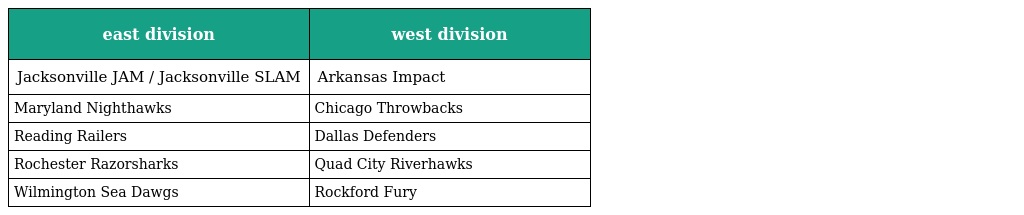
| east division | west division |
 | --- | --- |
 | Jacksonville JAM / Jacksonville SLAM | Arkansas Impact |
 | Maryland Nighthawks | Chicago Throwbacks |
 | Reading Railers | Dallas Defenders |
 | Rochester Razorsharks | Quad City Riverhawks |
 | Wilmington Sea Dawgs | Rockford Fury |